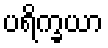
ပရိက္ခယာ